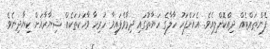
ފެންތައްޓެއް ދިއްކޮށްލިއެވެ. އެއަށްފަހު ހާލާގެ ހަޔާތުގައި ދިމާވެފައިވާ ހުރިހާ ވާހަކަތަކެއް ޝިޔާރާއަށް ކިޔާދިނެވެ.